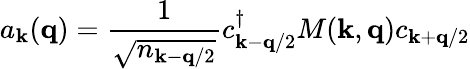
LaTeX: a_{{\mathbf{k}}}({\mathbf{q}})=\frac{1}{\sqrt{n_{{\mathbf{k}}-{\mathbf{q}}/2}}}c_{{\mathbf{k}}-{\mathbf{q}}/2}^{\dagger}M({\mathbf{k}},{\mathbf{q}})c_{{\mathbf{k}}+{\mathbf{q}}/2}